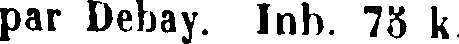
par Debay. Inb. 75 k.